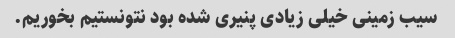
سیب زمینی خیلی زیادی پنیری شده بود نتونستیم بخوریم.